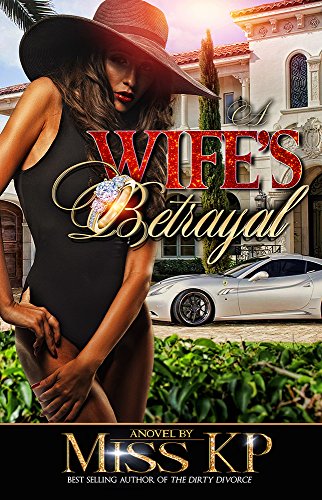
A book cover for A Wife's Betrayal; Miss KP; Literature & Fiction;